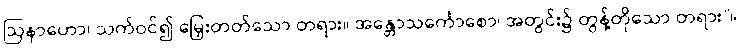
ဩနာဟော၊ သက်ဝင်၍ မြှေးတတ်သော တရား။ အန္တောသင်္ကောစော၊ အတွင်း၌ တွန့်တိုသော တရား”။